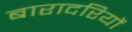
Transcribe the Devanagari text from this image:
बारादरियों